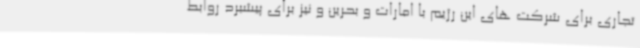
تجاری برای شرکت های این رژیم با امارات و بحرین و نیز برای پیشبرد روابط